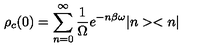
\rho _ { c } ( 0 ) = \sum _ { n = 0 } ^ { \infty } \frac { 1 } { \Omega } e ^ { - n \beta \omega } | n > < n |